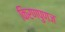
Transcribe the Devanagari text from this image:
किरणपुणज